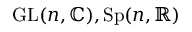
\mathrm { G L } ( n , \mathbb { C } ) , \mathrm { S p } ( n , \mathbb { R } )